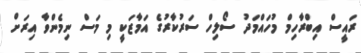
ރައީސް އިބްރާހިމް މުހައްމަދު ސޯލިހް ސަރުކާރުގެ އަމާޒަކީ މި މަސް ނިމެންވާ އިރަށް